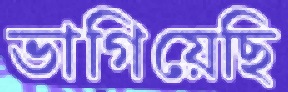
ভাগিয়েছি